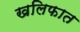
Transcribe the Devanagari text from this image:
खलिफात